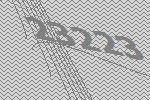
23223